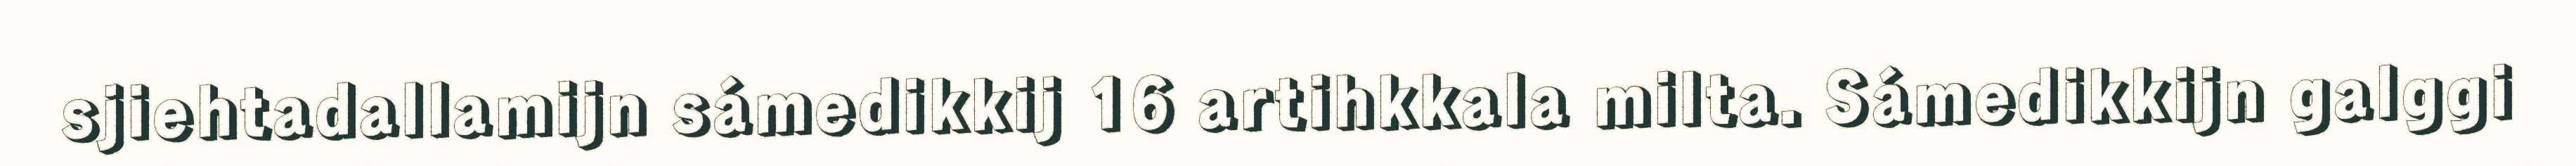
sjiehtadallamijn sámedikkij 16 artihkkala milta. Sámedikkijn galggi